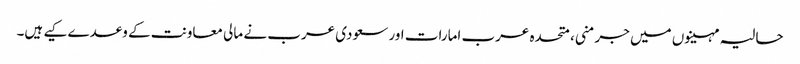
حالیہ مہینوں میں جرمنی، متحدہ عرب امارات اور سعودی عرب نے مالی معاونت کے وعدے کیے ہیں۔